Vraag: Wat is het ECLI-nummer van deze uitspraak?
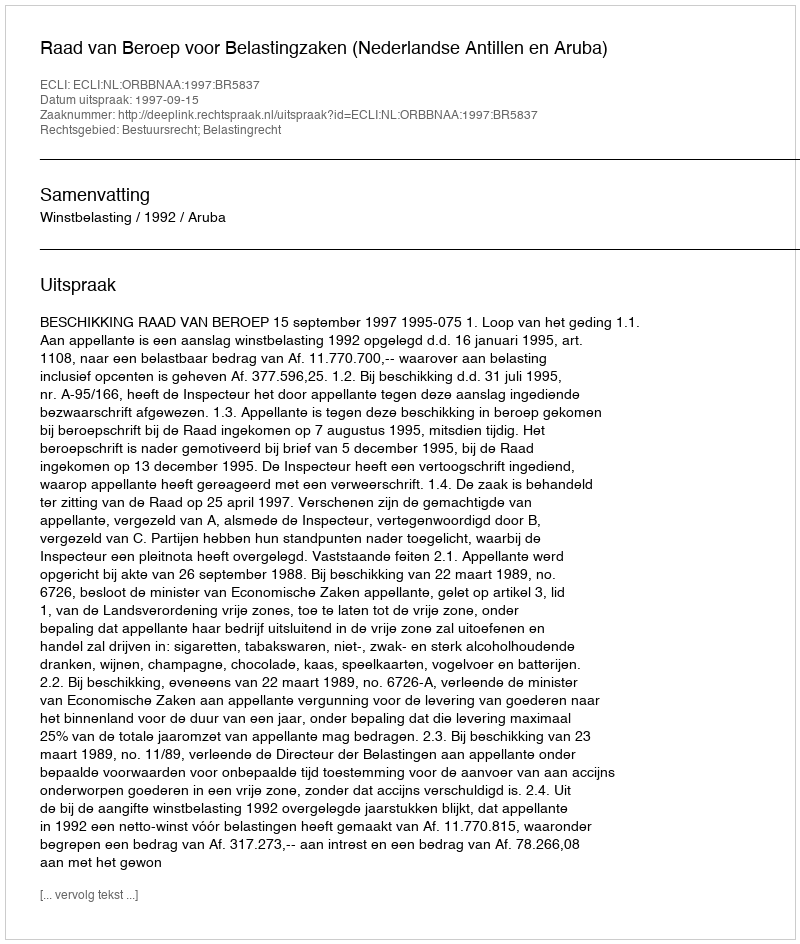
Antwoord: ECLI:NL:ORBBNAA:1997:BR5837